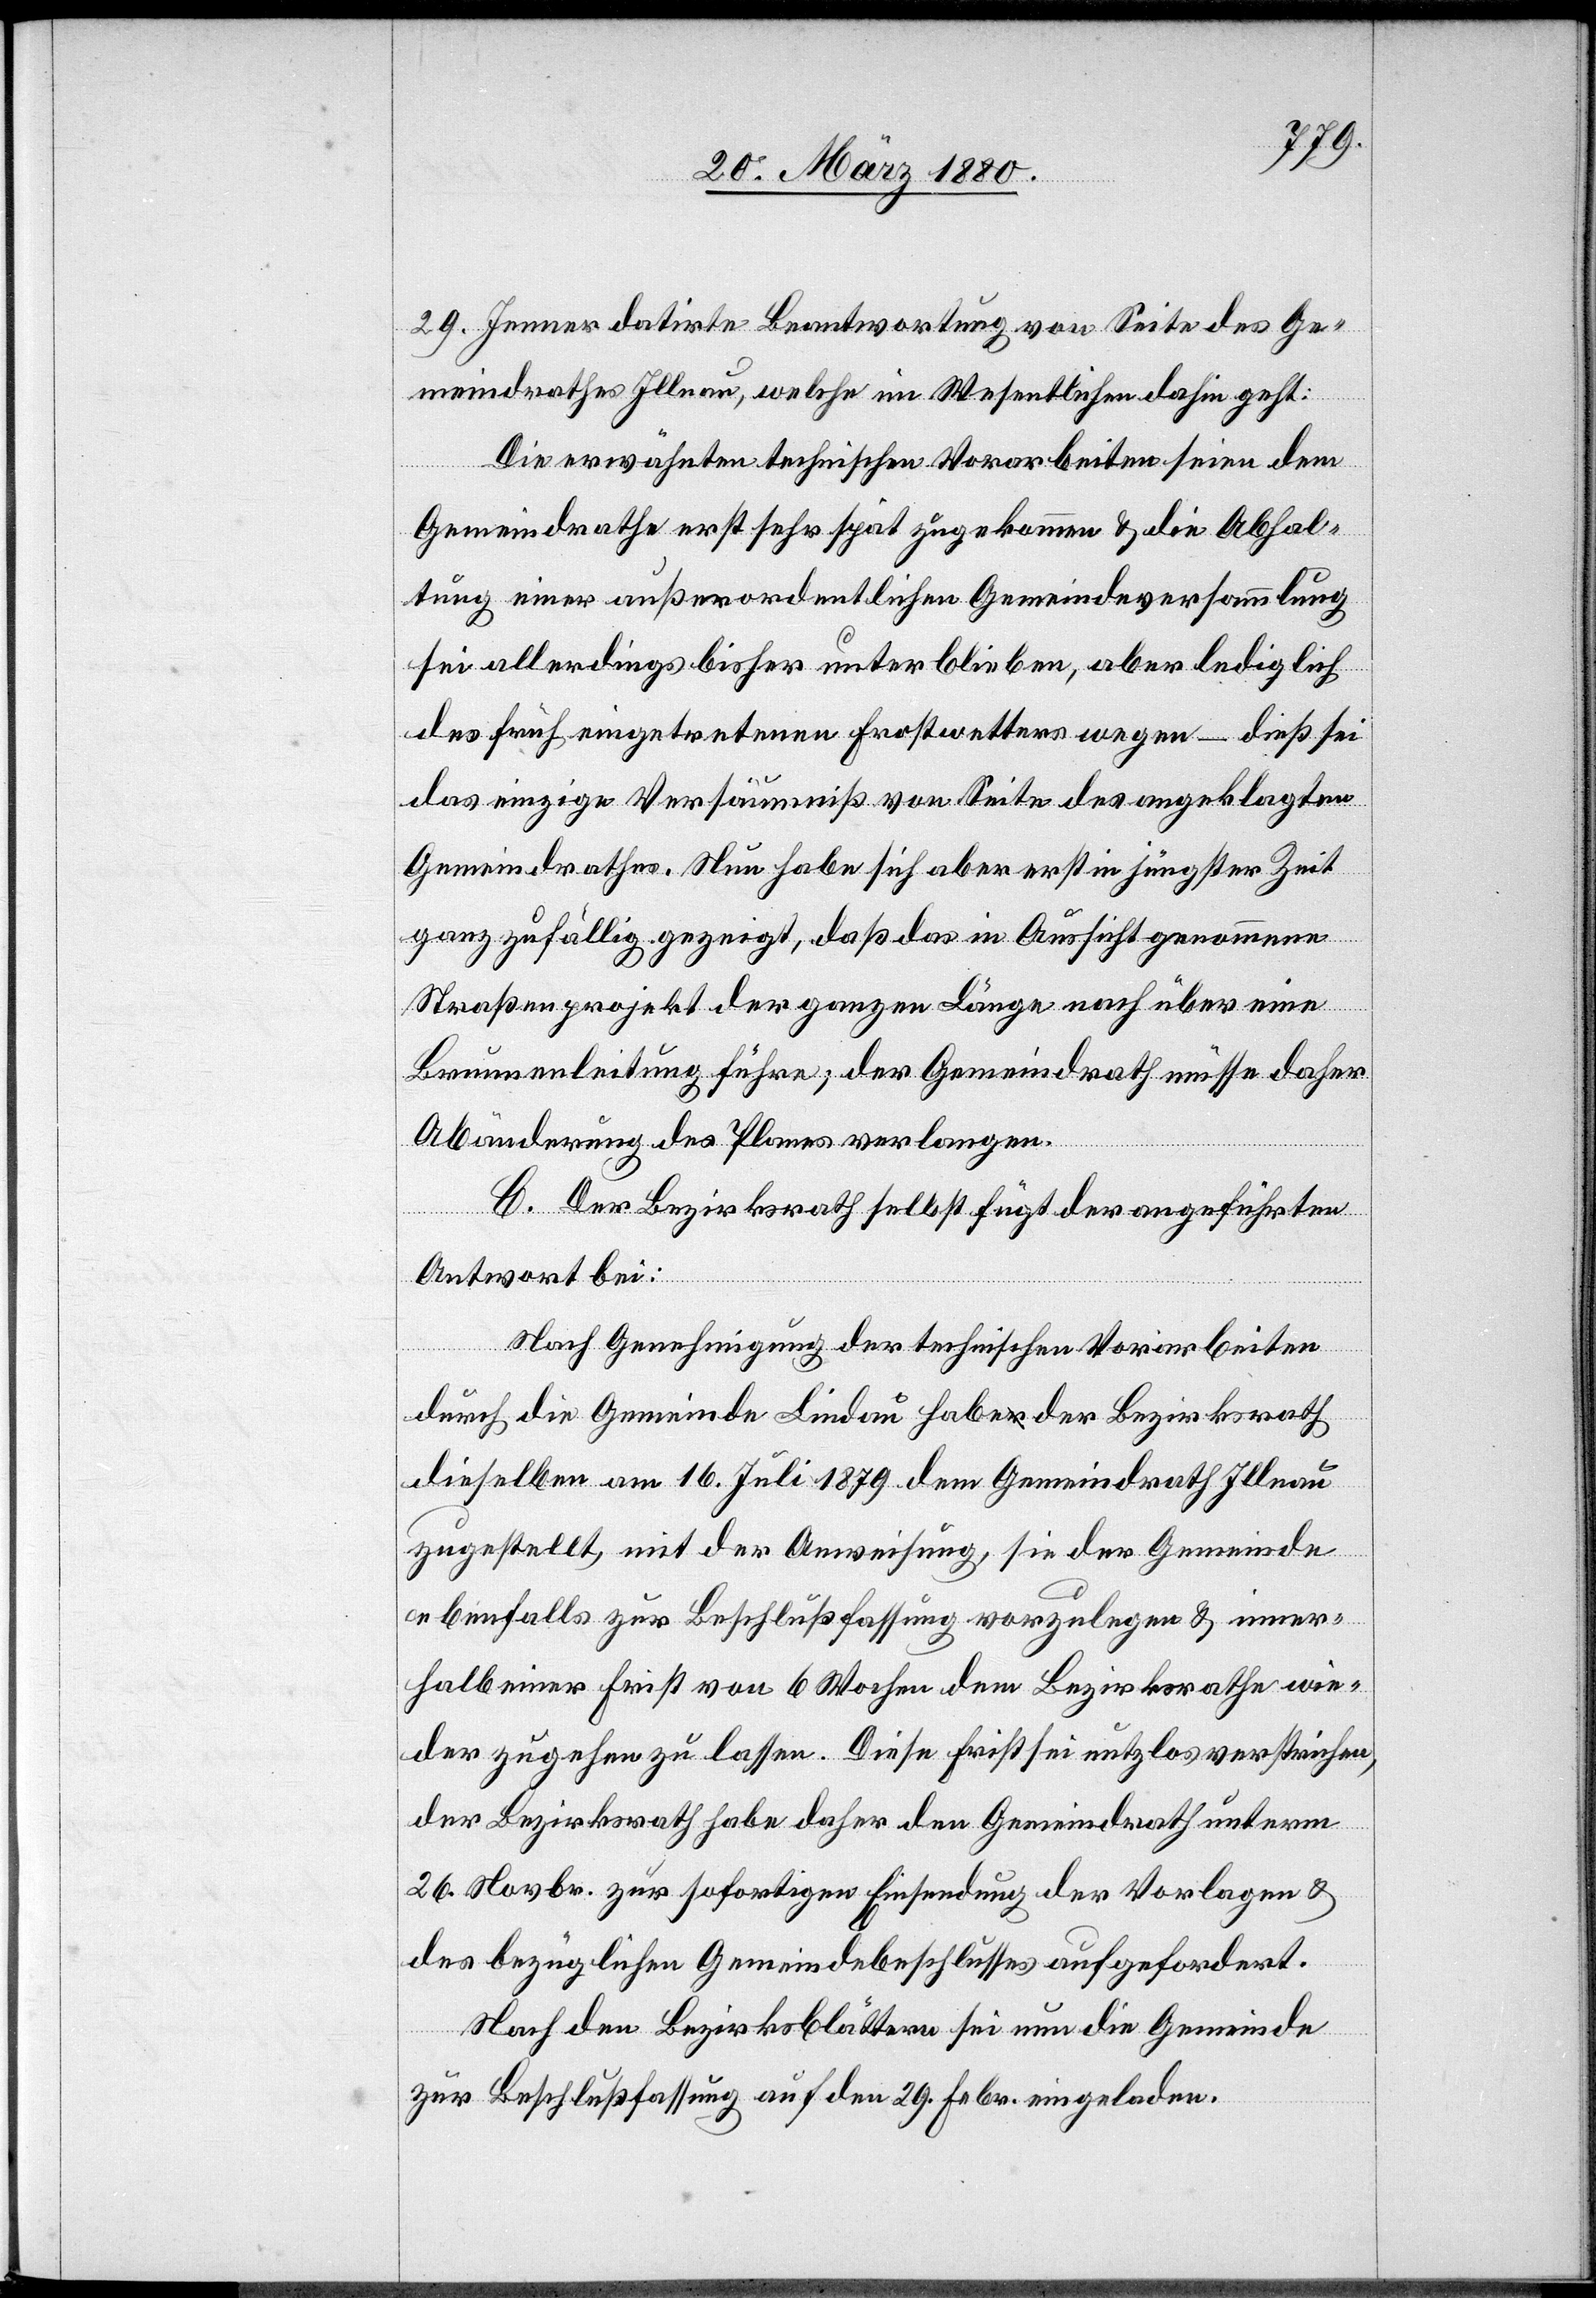
29. Jenner datirte Beantwortung von Seite des Ge¬
meindrathes Illnau, welche im Wesentlichen dahin geht:
Die erwähnten technischen Vorarbeiten seien dem
Gemeindrathe erst sehr spät zugekommen & die Abhal¬
tung einer außerordentlichen Gemeindeversammlung
sei allerdings bisher unterblieben, aber lediglich
des früh eingetretenen Frostwetters wegen – dieß sei
das einzige Versäumniß von Seite des angeklagten
Gemeindrathes. Nun habe sich aber erst in jüngster Zeit
ganz zufällig gezeigt, daß das in Aussicht genommene
Straßenprojekt der ganzen Länge nach über eine
Brunnenleitung führe; der Gemeindrath müsse daher
Abänderung des Planes verlangen.
C. Der Bezirksrath selbst fügt der angeführten
Antwort bei:
Nach Genehmigung der technischen Vorarbeiten
durch die Gemeinde Lindau habe der Bezirksrath
dieselben am 16. Juli 1879 dem Gemeindrath Illnau
zugestellt mit der Anweisung, sie der Gemeinde
ebenfalls zur Beschlußfassung vorzulegen & inner¬
halb einer Frist von 6 Wochen dem Bezirksrathe wie¬
der zugehen zu lassen. Diese Frist sei nutzlose verstrichen,
der Bezirksrath habe daher den Gemeindrath unterm
26. Novbr. zur sofortigen Einsendung der Vorlagen &
des bezüglichen Gemeindebeschlusses aufgefordert.
Nach den Bezirksblättern sei nun die Gemeinde
zur Beschlußfassung auf den 29. Febr. eingeladen.